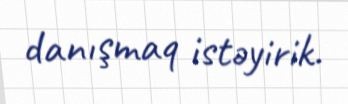
danışmaq istəyirik.